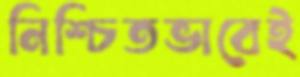
নিশ্চিতভাবেই